Plague in India, 1896, 1897 - Volume 2
Year: 1896
Disease focus: Plague
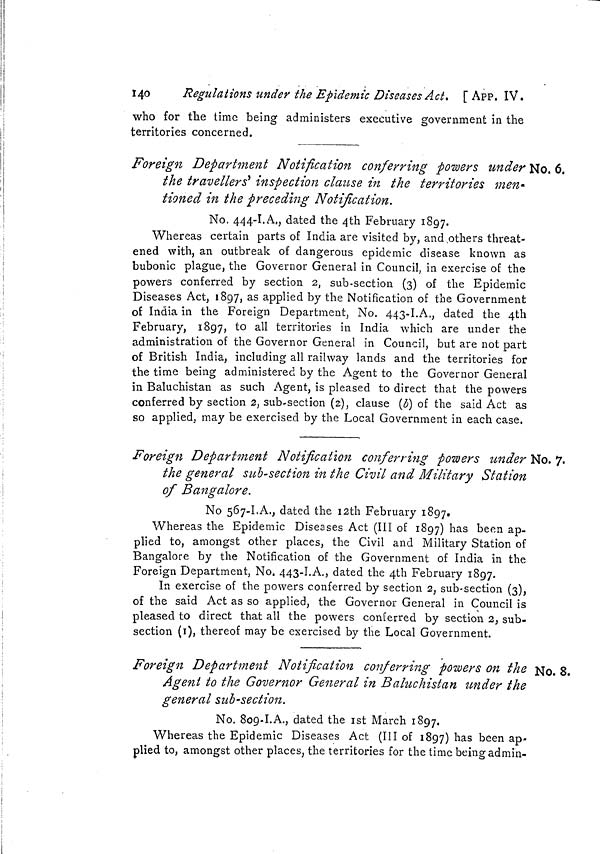
140
Regulations under the Epidemic Diseases Act. [ APP. IV.
who for the time being administers executive government in the
territories concerned.
Foreign Department Notification conferring powers under No, 6.
the travellers' inspection clause in the territories men-
tioned in the preceding Notification.
No. 444-I. A., dated the 4th February 1897.
Whereas certain parts of India are visited by, and others threat-
ened with, an outbreak of dangerous epidemic disease known as
bubonic plague, the Governor General in Council, in exercise of the
powers conferred by section 2, sub-section (3) of the Epidemic
Diseases Act, 1897, as applied by the Notification of the Government
of India in the Foreign Department, No. 443-I.A,, dated the 4th
February, 1897, to all territories in India which are under the
administration of the Governor General in Council, but are not part
of British India, including all railway lands and the territories for
the time being administered by the Agent to the Governor General
in Baluchistan as such Agent, is pleased to direct that the powers
conferred by section 2, sub-section (2), clause (b) of the said Act as
so applied, may be exercised by the Local Government in each case.
Foreign Department Notification conferring powers under No. 7.
the general sub-section in the Civil and Military Station
of Bangalore.
No 567-I.A., dated the I2th February 1897.
Whereas the Epidemic Diseases Act (III of 1897) has been ap-
plied to, amongst other places, the Civil and Military Station of
Bangalore by the Notification of the Government of India in the
Foreign Department, No. 443-I.A., dated the 4th February 1897.
In exercise of the powers conferred by section 2, sub-section (3),
of the said Act as so applied, the Governor General in Council is
pleased to direct that all the powers conferred by section 2, sub-
section (i), thereof may be exercised by the Local Government.
Foreign Department Notification conferring powers on the NO. 8.
Agent to the Governor General in Baluchistan under the
general sub-section.
No. 809-I.A., dated the 1st March 1897,
Whereas the Epidemic Diseases Act (III of 1897) has been ap-
plied to, amongst other places, the territories for the time being admin-